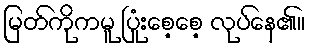
မြတ်ကိုကမူ ပြုံးစေ့စေ့ လုပ်နေ၏။